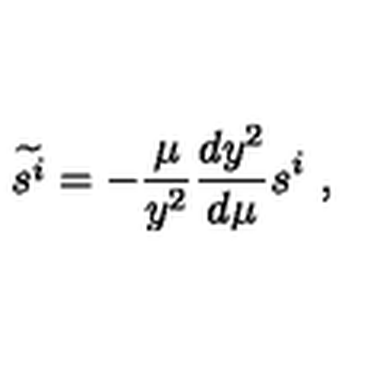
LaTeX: \widetilde { s ^ { i } } = - { \frac { \mu } { y ^ { 2 } } } { \frac { d y ^ { 2 } } { d \mu } } s ^ { i } \ ,